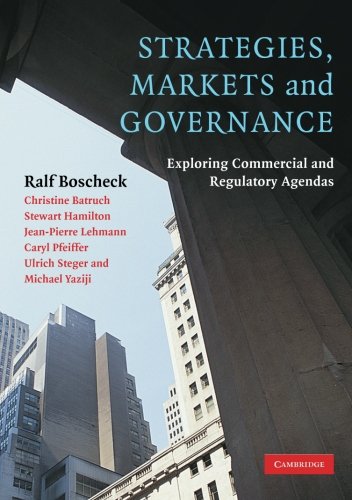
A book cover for Strategies, Markets and Governance: Exploring Commercial and Regulatory Agendas; Ralf Boscheck; Law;